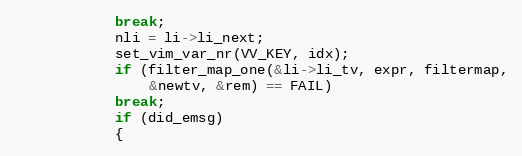
Language: C
			break;
		    nli = li->li_next;
		    set_vim_var_nr(VV_KEY, idx);
		    if (filter_map_one(&li->li_tv, expr, filtermap,
				&newtv, &rem) == FAIL)
			break;
		    if (did_emsg)
		    {